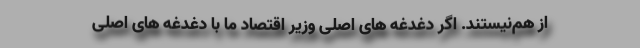
از هم‌نیستند. اگر دغدغه های اصلی وزیر اقتصاد ما با دغدغه های اصلی